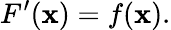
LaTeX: F^{\prime}(\mathbf{x})=f(\mathbf{x}).